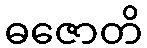
ဓဇောတိ